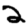
Digit: 2